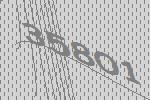
35801